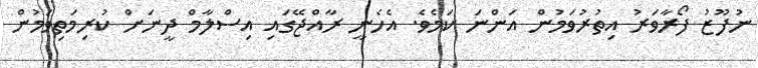
ނުފޫޒު ފޯރާވަރު އިތުރުވަމުން އަންނަ ކަމެވެ. އެހެނީ ރާއްޖޭގައި އިސްލާމް ދީނަށް ކުރިމަތިވަމުން